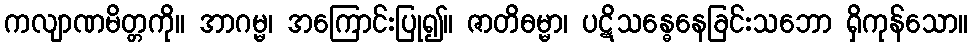
ကလျာဏမိတ္တကို။ အာဂမ္မ၊ အကြောင်းပြု၍။ ဇာတိဓမ္မာ၊ ပဋိသန္ဓေနေခြင်းသဘော ရှိကုန်သော။